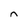
Character: n